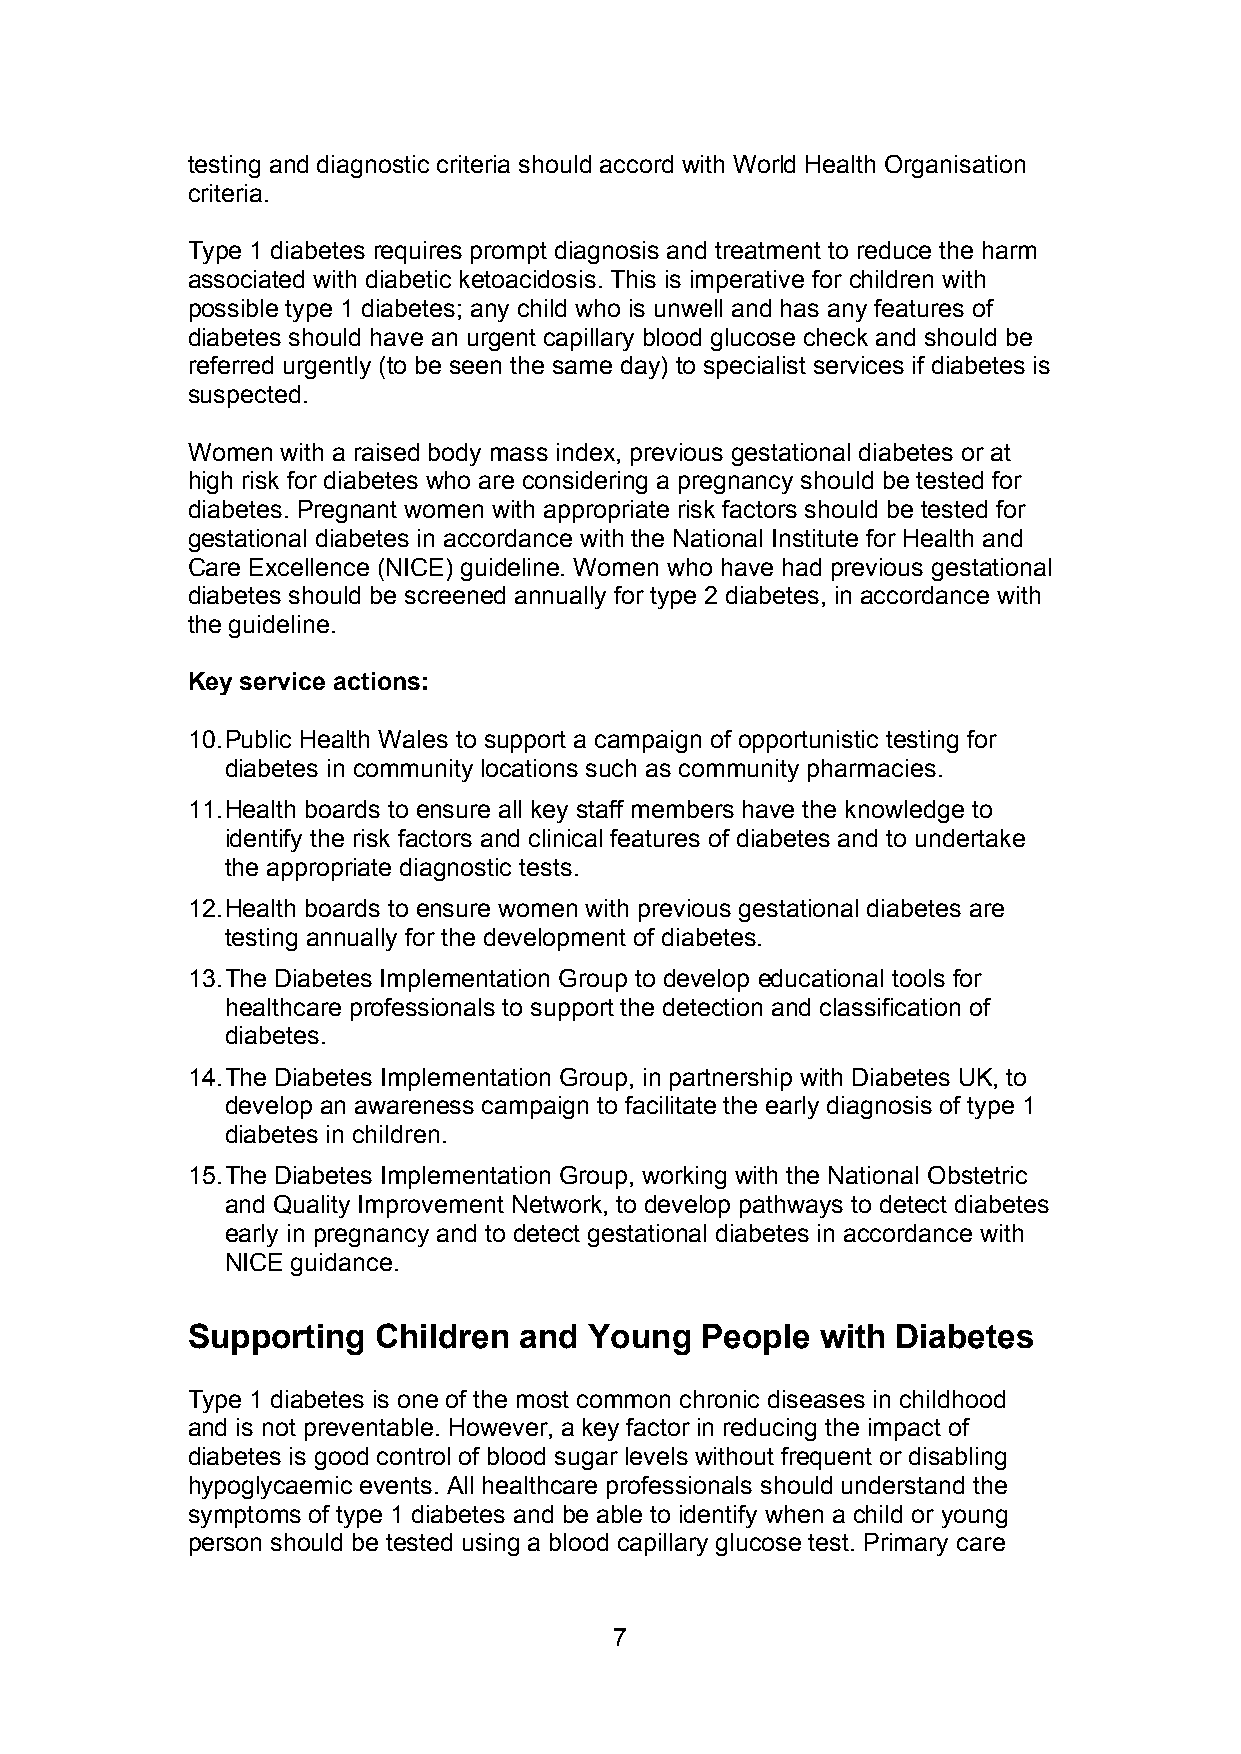
testing and diagnostic criteria should accord withWorld Health Organisation
 criteria.
 Type 1 diabetes requires prompt diagnosis and treatment to reduce the harm
 associated with diabetic ketoacidosis. This is imperative for children with
 possible type 1 diabetes; any child who is unwell and has any features of
 diabetes should have an urgent capillary blood glucose check and should be
 referred urgently (to be seen the same day) to specialist services if diabetes is
 suspected.
 Women  with a raised body mass index, previous gestational diabetes or at
 high risk for diabetes who are considering a pregnancy should be tested for
 diabetes. Pregnant women with appropriate risk factors should be tested for
 gestational diabetes in accordance with the National Institute for Health and
 Care Excellence (NICE) guideline. Women who have had previous gestational
 diabetes should be screened annually for type 2 diabetes, in accordance with
 the guideline.
 Key service actions:
 10.Public Health Wales to support a campaign of opportunistic testing for
 diabetes in community locations such as community pharmacies.
 11.Health boards to ensure all key staff members have the knowledge to
 identify the risk factors and clinical features of diabetes and to undertake
 the appropriate diagnostic tests.
 12.Health boards to ensure women with previous gestational diabetes are
 testing annually for the development of diabetes.
 13.The Diabetes Implementation Group to develop educational tools for
 healthcare professionals to support the detection and classification of
 diabetes.
 14.The Diabetes Implementation Group, in partnership with Diabetes UK, to
 develop an awareness campaign to facilitate the early diagnosis of type 1
 diabetes in children.
 15.The Diabetes Implementation Group, working with the National Obstetric
 and Quality Improvement Network, to develop pathways to detect diabetes
 early in pregnancy and to detect gestational diabetes in accordance with
 NICE guidance.
 Supporting   Children and  Young  People  with Diabetes
 Type 1 diabetes is one of the most common chronic diseases in childhood
 and is not preventable. However, a key factor in reducing the impact of
 diabetes is good control of blood sugar levels without frequent or disabling
 hypoglycaemic events. All healthcare professionals should understand the
 symptoms of type 1 diabetes and be able to identify when a child or young
 person should be tested using a blood capillary glucose test. Primary care
 7